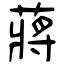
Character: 蔣